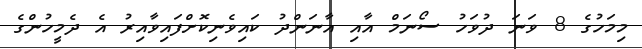
މިމަހުގެ 8 ވަނަ ދުވަހު ސޯނަމް އާއި އާނަންދު ކައިވެނިކޮށްފައިވާއިރު އެ ދެމީހުންގެ